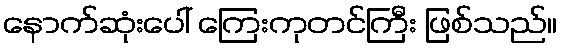
နောက်ဆုံးပေါ် ကြေးကုတင်ကြီး ဖြစ်သည်။